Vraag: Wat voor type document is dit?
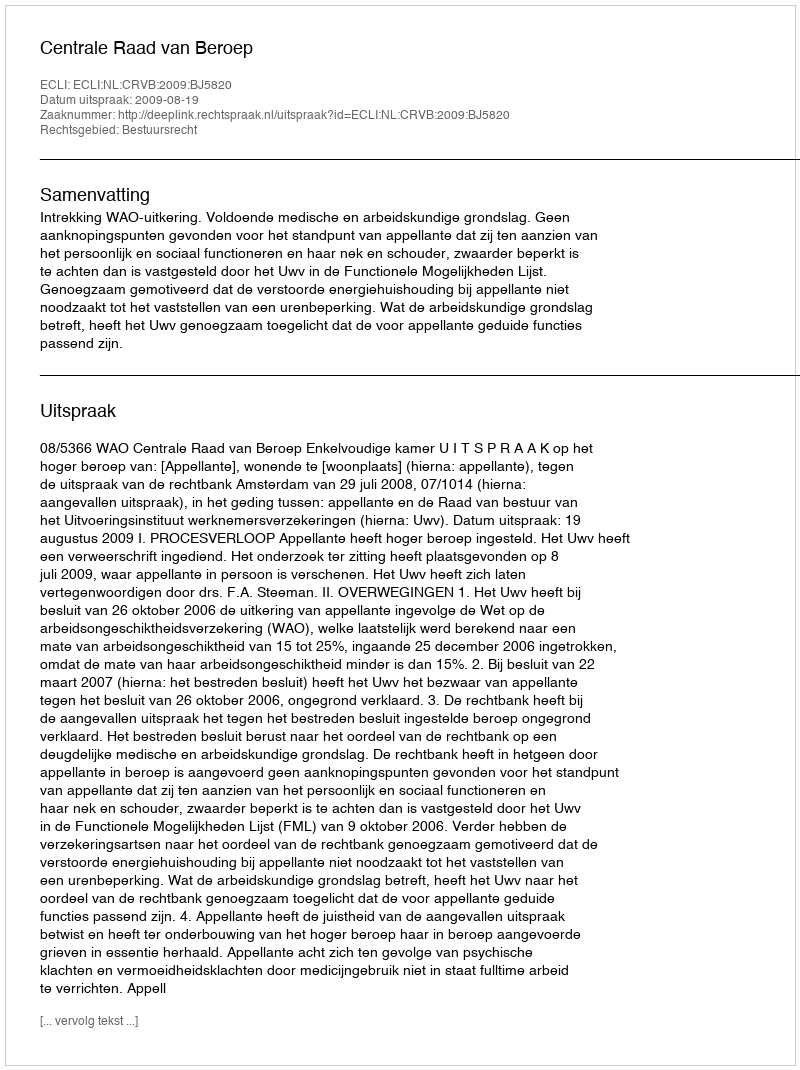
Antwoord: Uitspraak